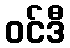
ဝင်ဒီ